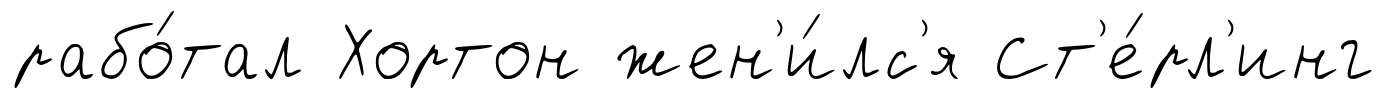
рабо́тал Хортон жен'и́лс'я Ст'е́рл'инг